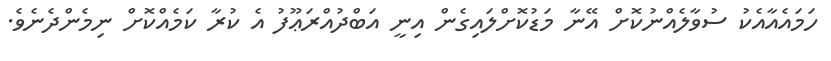
ހަމައެއާއެކު ސުވާލެއްނުކޮށް އޭނާ މަޑުކޮށްލައިގެން އިނީ އަބްދުއްރަޢޫފު އެ ކުރާ ކަމެއްކޮށް ނިމެންދެނެވެ.